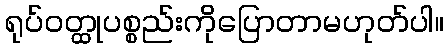
ရုပ်ဝတ္ထုပစ္စည်းကိုပြောတာမဟုတ်ပါ။